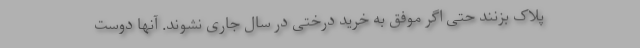
پلاک بزنند حتی اگر موفق به خرید درختی در سال جاری نشوند. آنها دوست